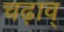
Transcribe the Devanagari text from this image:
चढ़ाव्